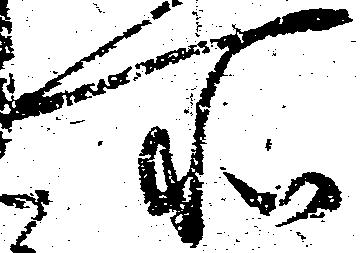
所